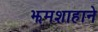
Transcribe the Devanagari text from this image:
झमशाहाने